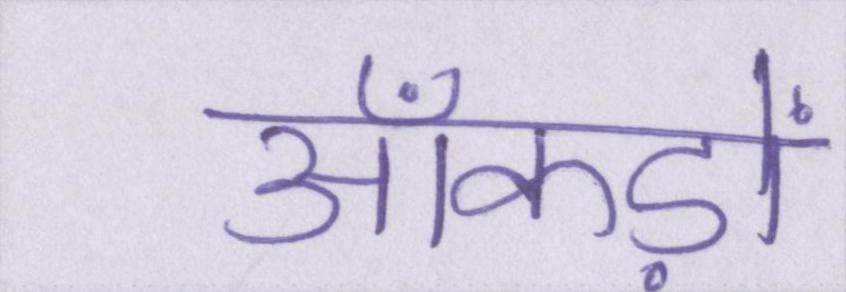
आँकड़ों